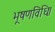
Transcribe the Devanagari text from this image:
भूषणविधिः।